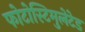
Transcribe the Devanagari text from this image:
फोटोस्टिमुलेटेड